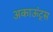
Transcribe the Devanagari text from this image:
अकाऊंट्‌स